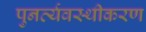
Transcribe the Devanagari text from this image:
पुनर्व्यवस्थीकरण